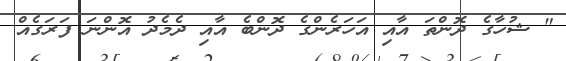
" ޝުހާގެ ދޮންތަ އާއި އަހަރެންގެ ދޮންބެ އާއި ދެމެދު އޮންނަ ފަރަގެއް